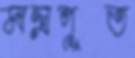
মন্ত্রপূত